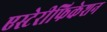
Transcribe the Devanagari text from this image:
एस्टेरीफिकेशन